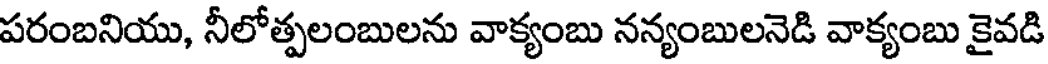
పరంబనియు, నీలోత్పలంబులను వాక్యంబు నన్యంబులనెడి వాక్యంబు కైవడి